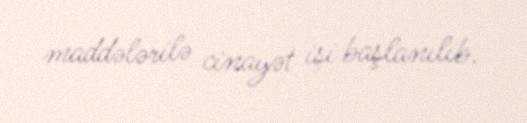
maddələrilə cinayət işi başlanılıb.